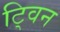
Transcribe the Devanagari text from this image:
टि्वन